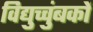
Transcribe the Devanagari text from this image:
विद्युच्चुंबकों